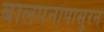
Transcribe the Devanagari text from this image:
बालपनापासुरन